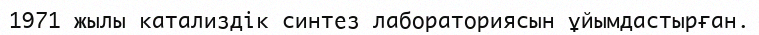
1971 жылы катализдік синтез лабораториясын ұйымдастырған.